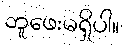
ဘူဖေးမရှိပါ။